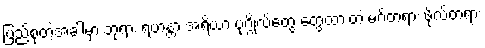
ပြည့်စုံတဲ့အခါမှာ ဘုရား ရဟန္တာ အရိယာ ပုဂ္ဂိုလ်တွေ တွေ့ထားတဲ့ မဂ်တရား ဖိုလ်တရား